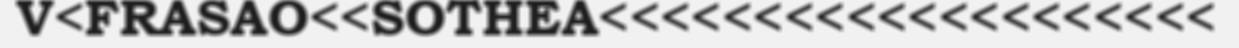
V<FRASAO<<SOTHEA<<<<<<<<<<<<<<<<<<<<